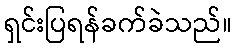
ရှင်းပြရန်ခက်ခဲသည်။